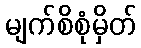
မျက်စိစုံမှိတ်